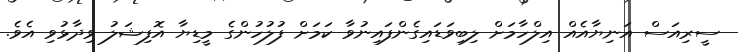
ސީރިއަސް އަނިޔާއެއް އިލްހާމަށް ލިބިވަޑައިގެންފައިނުވާ ކަމަށް ފުލުހުންގެ މީޑިޔާ އޮފިޝަލު ވިދާޅުވި އެވެ.